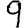
Digit: 9